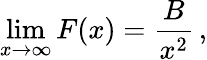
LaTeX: \operatorname*{lim}_{x\rightarrow\infty}F(x)={\frac{B}{x^{2}}}\, ,